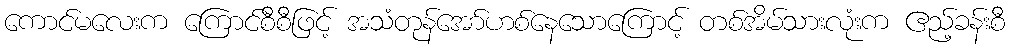
ကောင်မလေးက ကြောင်စီစီဖြင့် အသံတုန်အော်ဟစ်နေသောကြောင့် တစ်အိမ်သားလုံးက ဧည့်ခန်းစီ